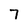
Character: 7